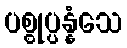
ပစ္စုပ္ပန္နံသေ